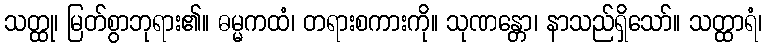
သတ္ထု၊ မြတ်စွာဘုရား၏။ ဓမ္မကထံ၊ တရားစကားကို။ သုဏန္တော၊ နာသည်ရှိသော်။ သတ္ထာရံ၊